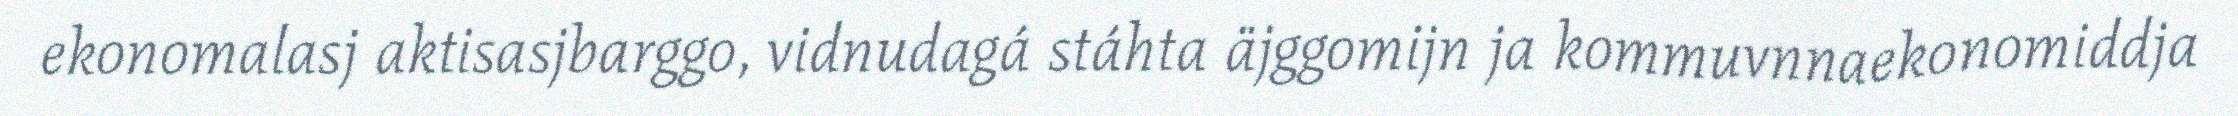
ekonomalasj aktisasjbarggo, vidnudagá stáhta äjggomijn ja kommuvnnaekonomiddja